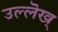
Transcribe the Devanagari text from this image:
उल्लॆख्